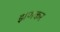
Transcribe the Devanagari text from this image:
झणकर